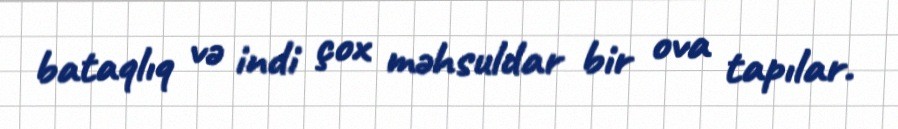
bataqlıq və indi çox məhsuldar bir ova tapılar.